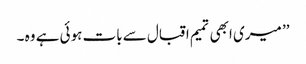
’’ میری ابھی تمیم اقبال سے بات ہوئی ہے وہ ۔